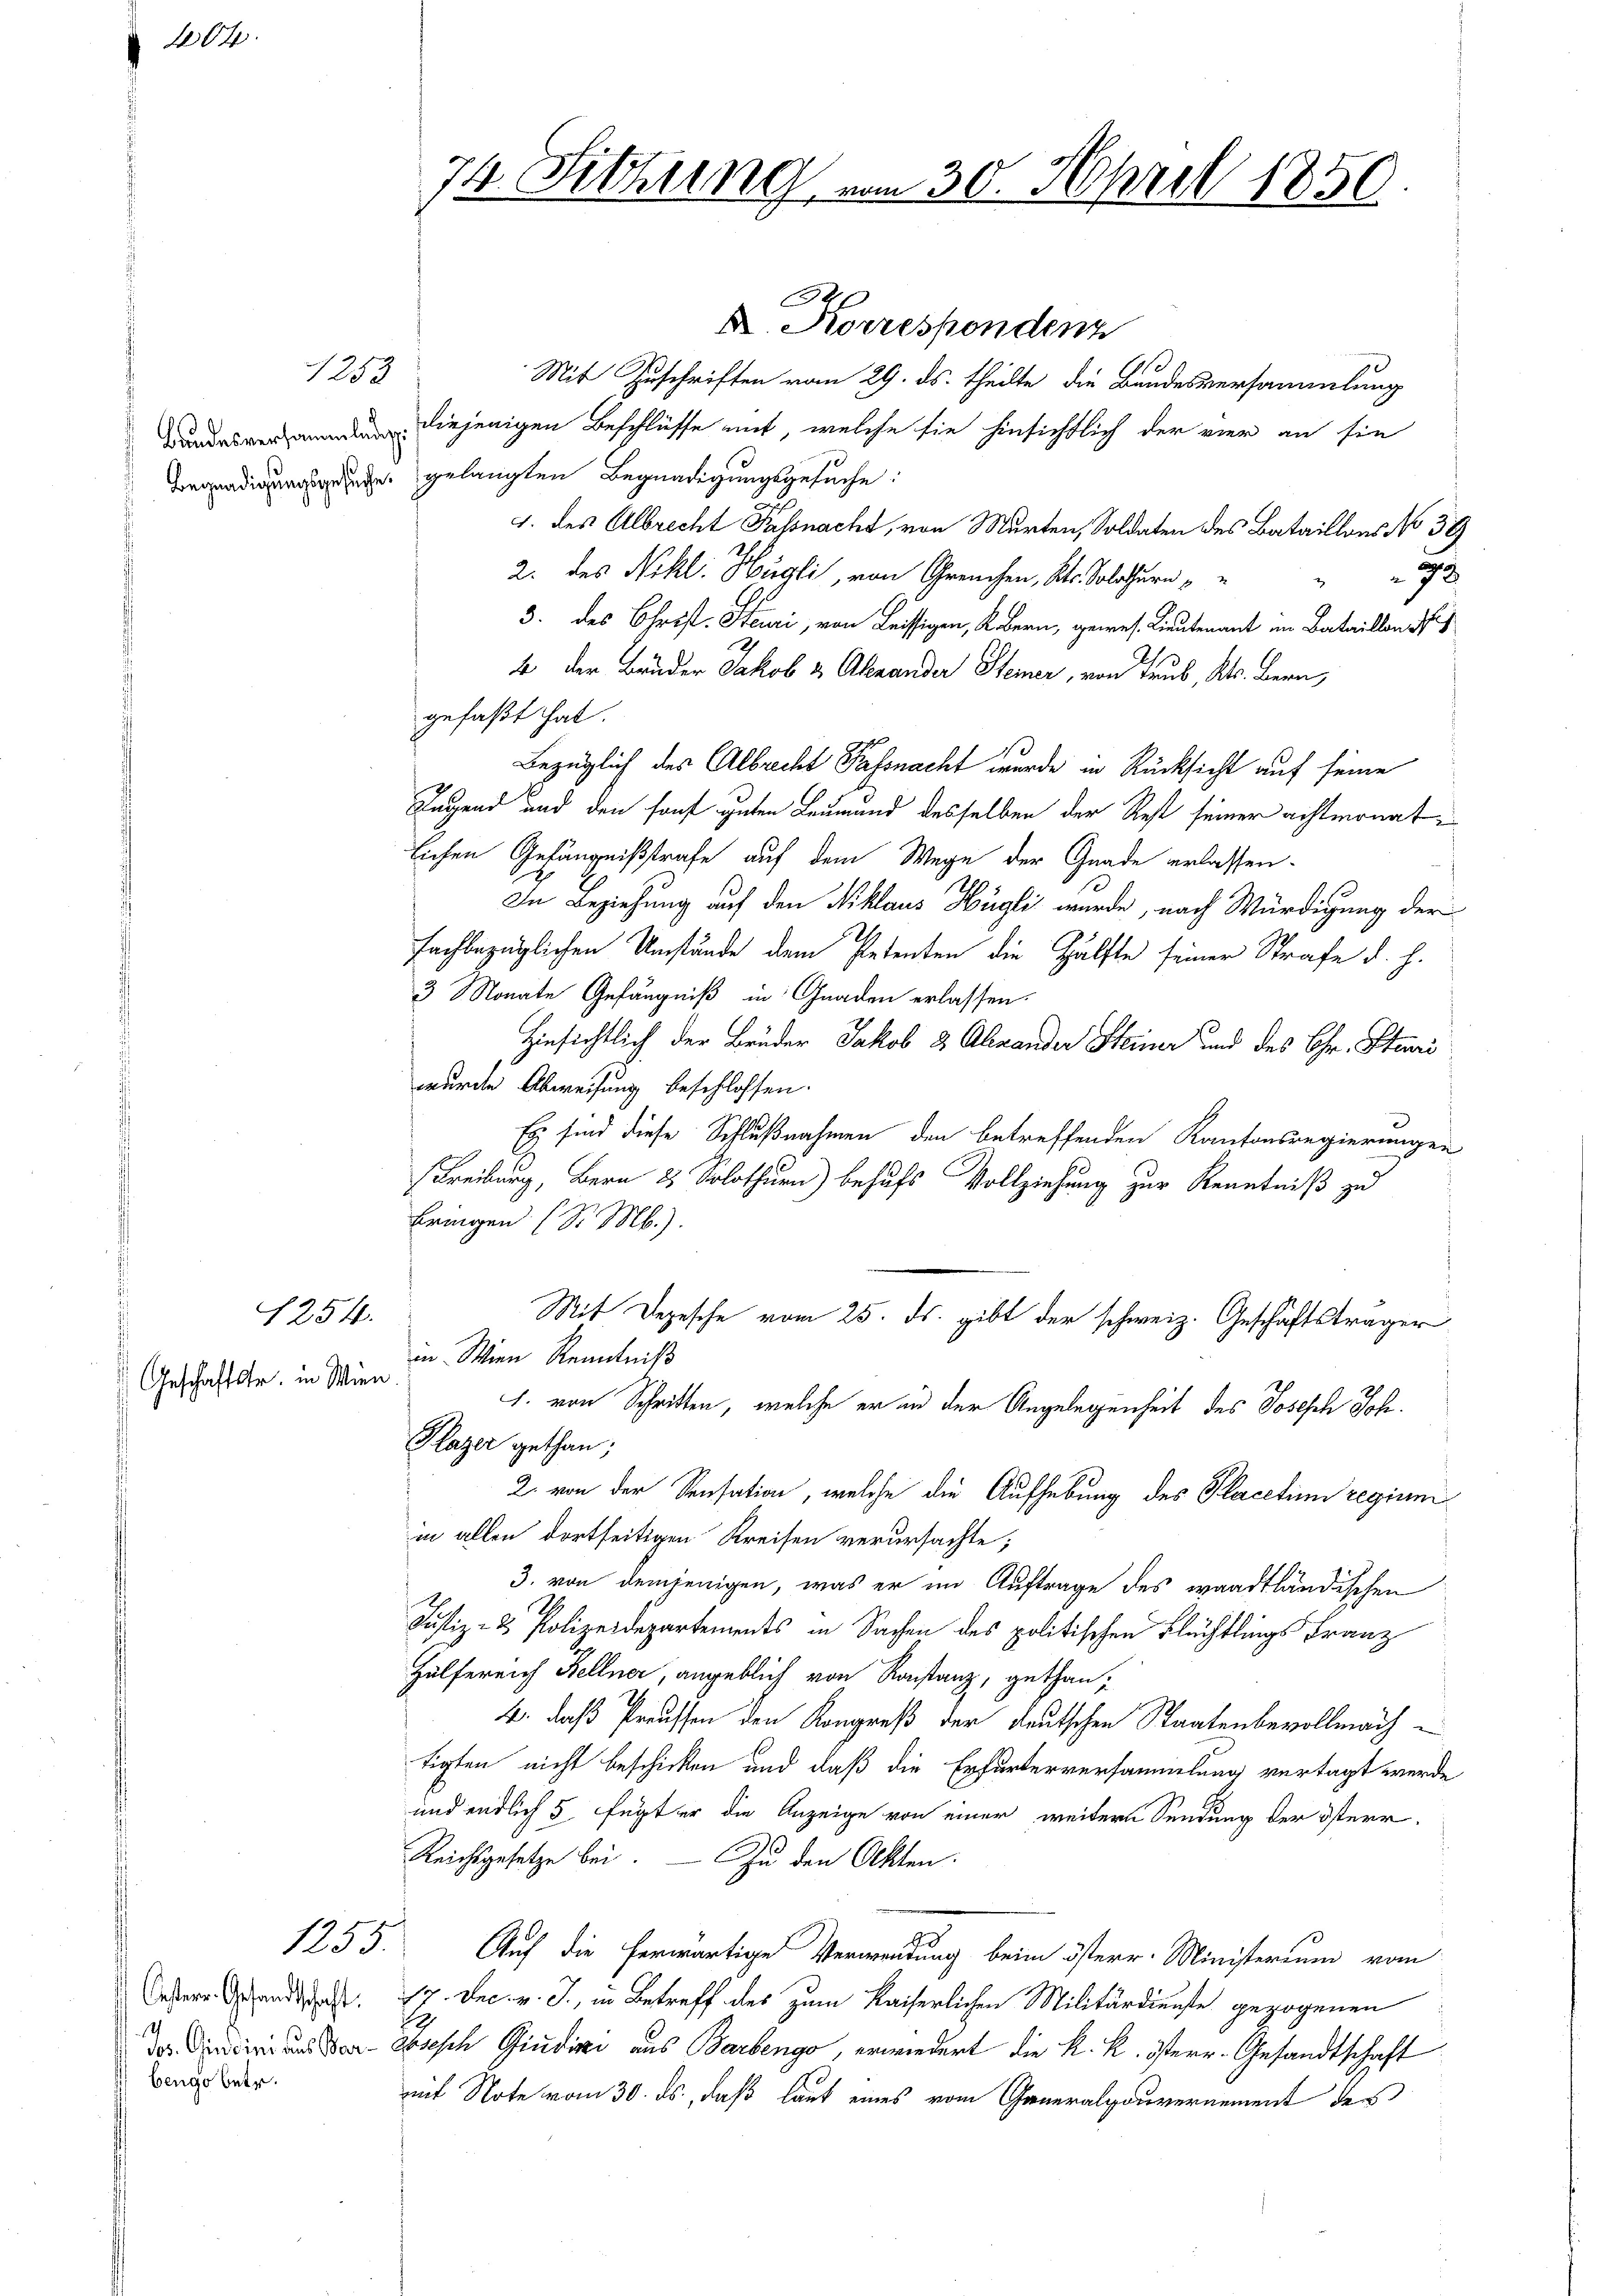
204.

1253

1254.

Geschäftstr. in Wien.

Oesterr. Gesandtschaft:
Jos. Guidcini aus Barbengo betr.

B. Korrespondenz
Mit Zuschriften vom 29. ds. theilte die Bandesversammlung
diejenigen Beschlüsse mit, welche sie hinsichtlich der vier an sie
Begnadigungssache gelangten Begnadigungsgesuche:
1. des Albrecht Fassnacht, von Murten, Soldaten des Bataillons No 39
2. des Nikl. Hügli, von Greuchen, Kt. Solothurn
78
3. des Christ. Heuri, von Leissigen, K. Bern, gewes. Lieutenant im Bataillon
4 der Bruder Jakob & Abrander Steiner, von Trub, Kts. Bern,
gefaßt hat.
Bezüglich des Albrecht Fassnacht wurde in Rücksicht auf seine
Jagend und den sonst guten Leumund desselben der Rest seiner achtmonat
lichen Gefängnißstrafe auf dem Wege der Gnade erlassen.
In Beziehung auf den Niklaus Hügli wurde, nach Würdigung der
fachbezüglichen Umstände dem Petenten die Hälfte seiner Strafe d. h.
3 Monate Gefängniß in Gnaden erlassen.
Hinsichtlich der Brüder Jakob 2 Abrander Steiner und des Chr. Steuri
wurde Abweisung beschlossen.
Es sind diese Schlußnahmen den betreffenden Kantonsregierungen
Freibung, Bern 25 Solothurn) behufs Vollziehung zur Kenntniß zu
bringen (S. Mb.).
Mit Depesche vom 25. ds. gibt der schweiz. Geschäftsträger
in Wien Kenntniß
J. von Schritten, welche er in der Angelegenheit des Joseph Joh.
Plazer gethan;
2. von der Sensation, welche die Aufhebung des Placetim regium
in allen dortseitigen Kreisen verursachte;
3. von demjenigen, was er im Auftrage des waadtländischen
1
Justiz- & Polizeidepartements in Sachen des politischen Flüchtlings Franz
Hülfereich Kellner, angeblich von Konstanz, gethan,
4., daß Preuschen den Kongreß der deutschen Staatenbevollmach
tigten nicht beschicken und daß die Erfurterversammlung vertagt werde
und endlich 5 fügt er die Anzeige von einer weitern Sendung der österr
Reichsgesetze bei. — Zu den Akten.
1255. Auf die herwärtiges Verwendung beim österr. Ministerium vom
17. Dec. v. J., in Betreff des zum Kaiserlichen Militärdienste gezogenen
bsesch Giudici aus Barbengo, erwiedert die k. k. österr. Gesandtschaft
mit Note vom 30. ds., daß laut eines vom Generalgouvernement des

74. Sitzung

4

20. April 1850.